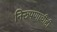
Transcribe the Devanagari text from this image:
निरूपणाचीही